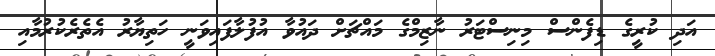
އަދި ކުރީގެ ޑިފެންސް މިނިސްޓަރު ނާޒިމްގެ މައްޗަށް ދައުވާ އުފުލާފައިވަނީ ހަތިޔާރު އެތެރެކުރުމާއި